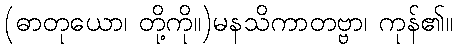
(ဓာတုယော၊ တို့ကို။)မနသိကာတဗ္ဗာ၊ ကုန်၏။